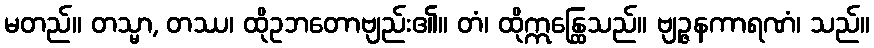
မတည်။ တသ္မာ, တဿ၊ ထိုဥဘတောဗျည်း၏။ တံ၊ ထိုဣန္ထြေသည်။ ဗျဉ္ဇနကာရဏံ၊ သည်။